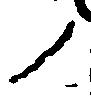
ノ